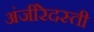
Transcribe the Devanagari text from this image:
अंजीरेदस्ती